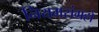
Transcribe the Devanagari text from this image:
नियमसंग्रहो